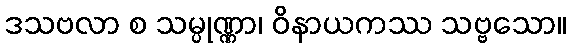
ဒသဗလာ စ သမ္ပုဏ္ဏာ၊ ဝိနာယကဿ သဗ္ဗသော။